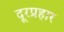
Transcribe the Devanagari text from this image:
दूरप्रहार